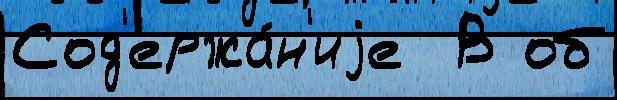
Сод'ержа́н'иjе  В об